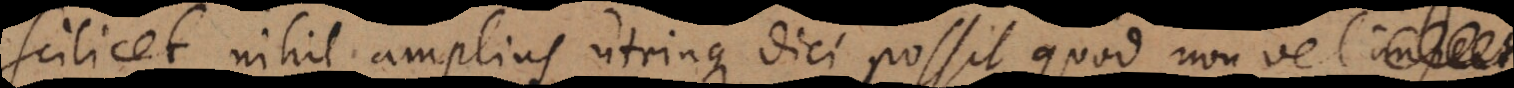
scilicet nihil amplius utrinque dici possit, quod non vel im